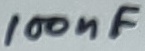
Text: 100nF